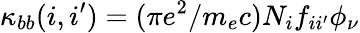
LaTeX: \kappa_{bb}(i,i^{\prime})=(\pi e^{2}/m_{e}c)N_{i}f_{ii^{\prime}}\phi_{\nu}